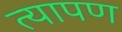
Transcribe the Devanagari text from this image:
त्यापण